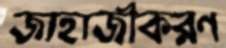
জাহাজীকরণ